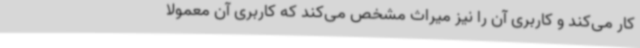
کار می‌کند و کاربری آن را نیز میراث مشخص می‌کند که کاربری آن معمولا